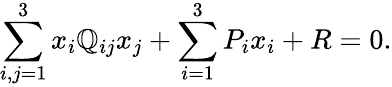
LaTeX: \sum_{i,j=1}^{3}x_{i}\mathbb{Q}_{ij}x_{j}+\sum_{i=1}^{3}P_{i}x_{i}+R=0.